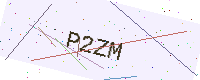
Text: P2ZM